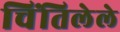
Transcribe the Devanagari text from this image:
चिंतिलेले